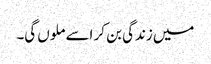
میں زندگی بن کر اسے ملوں گی۔